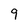
Character: 9